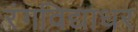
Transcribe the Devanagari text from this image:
रंगविद्याधर